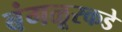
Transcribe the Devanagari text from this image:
बंगळूरकडे